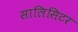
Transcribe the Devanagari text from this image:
सालिसिटर